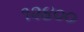
૧૨૪૦૦